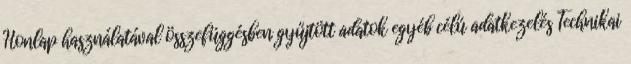
Honlap használatával összefüggésben gyűjtött adatok egyéb célú adatkezelés Technikai